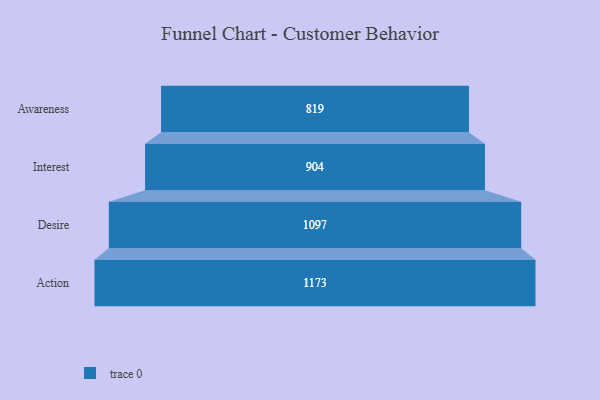
{"axis": {"x": "Stage", "y": "Value"}, "legend": [""], "data": [{"x": "Awareness", "y": 819.0, "type": ""}, {"x": "Interest", "y": 904.0, "type": ""}, {"x": "Desire", "y": 1097.0, "type": ""}, {"x": "Action", "y": 1173.0, "type": ""}]}